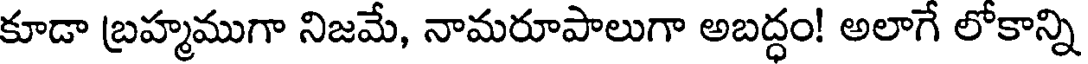
కూడా బ్రహ్మముగా నిజమే, నామరూపాలుగా అబద్ధం! అలాగే లోకాన్ని